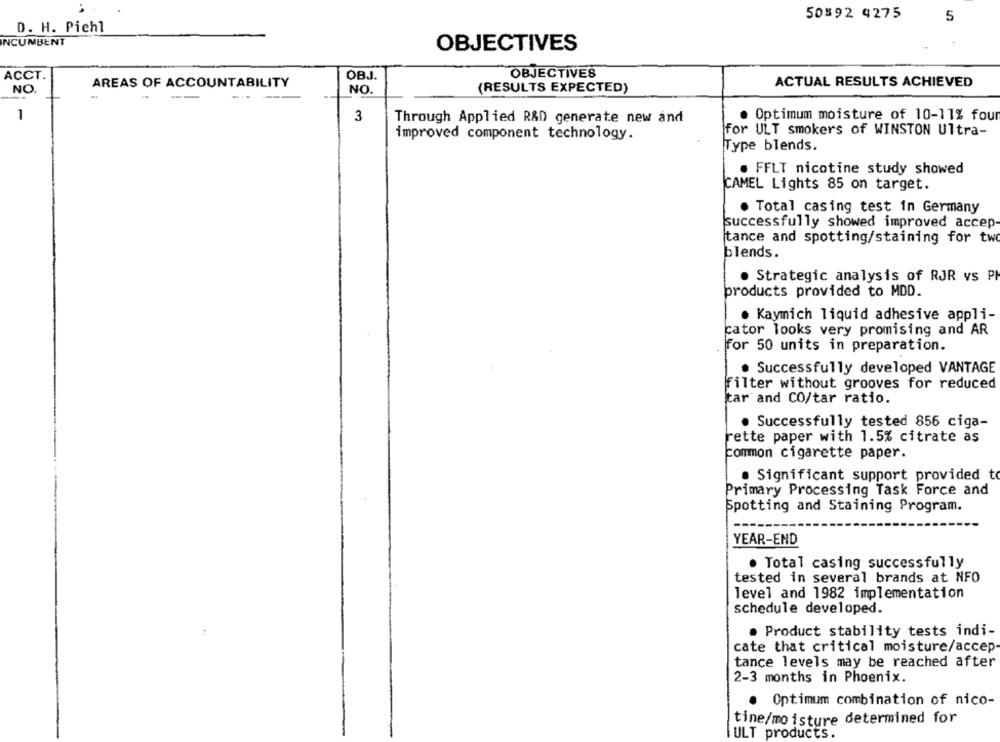
50892 4275
5
D. H. Piehl
INCUMBENT
OBJECTIVES
ACCT.
OBJ.
OBJECTIVES
NO
AREAS OF ACCOUNTABILITY
NO.
(RESULTS EXPECTED)
ACTUAL RESULTS ACHIEVED
-
1
3
Through Applied R&D generate new and
Optimum moisture of 10-11% four
for ULT smokers of WINSTON Ultra-
improved component technology.
Type blends.
. FFLT nicotine study showed
CAMEL Lights 85 on target.
. Total casing test in Germany
successfully showed improved accep-
tance and spotting/staining for two
blends.
. Strategic analysis of RJR vs PM
products provided to MDD.
· Kaymich liquid adhesive appli-
cator looks very promising and AR
for 50 units in preparation.
· Successfully developed VANTAGE
filter without grooves for reduced
tar and CO/tar ratio.
· Successfully tested 856 ciga-
rette paper with 1.5% citrate as
common cigarette paper.
. Significant support provided to
Primary Processing Task Force and
Spotting and Staining Program.
YEAR-END
. Total casing successfully
tested in several brands at NFO
level and 1982 implementation
schedule developed.
. Product stability tests indi-
cate that critical moisture/accep-
tance levels may be reached after
2-3 months in Phoenix.
Optimum combination of nico-
tine/moisture determined for
ULT products